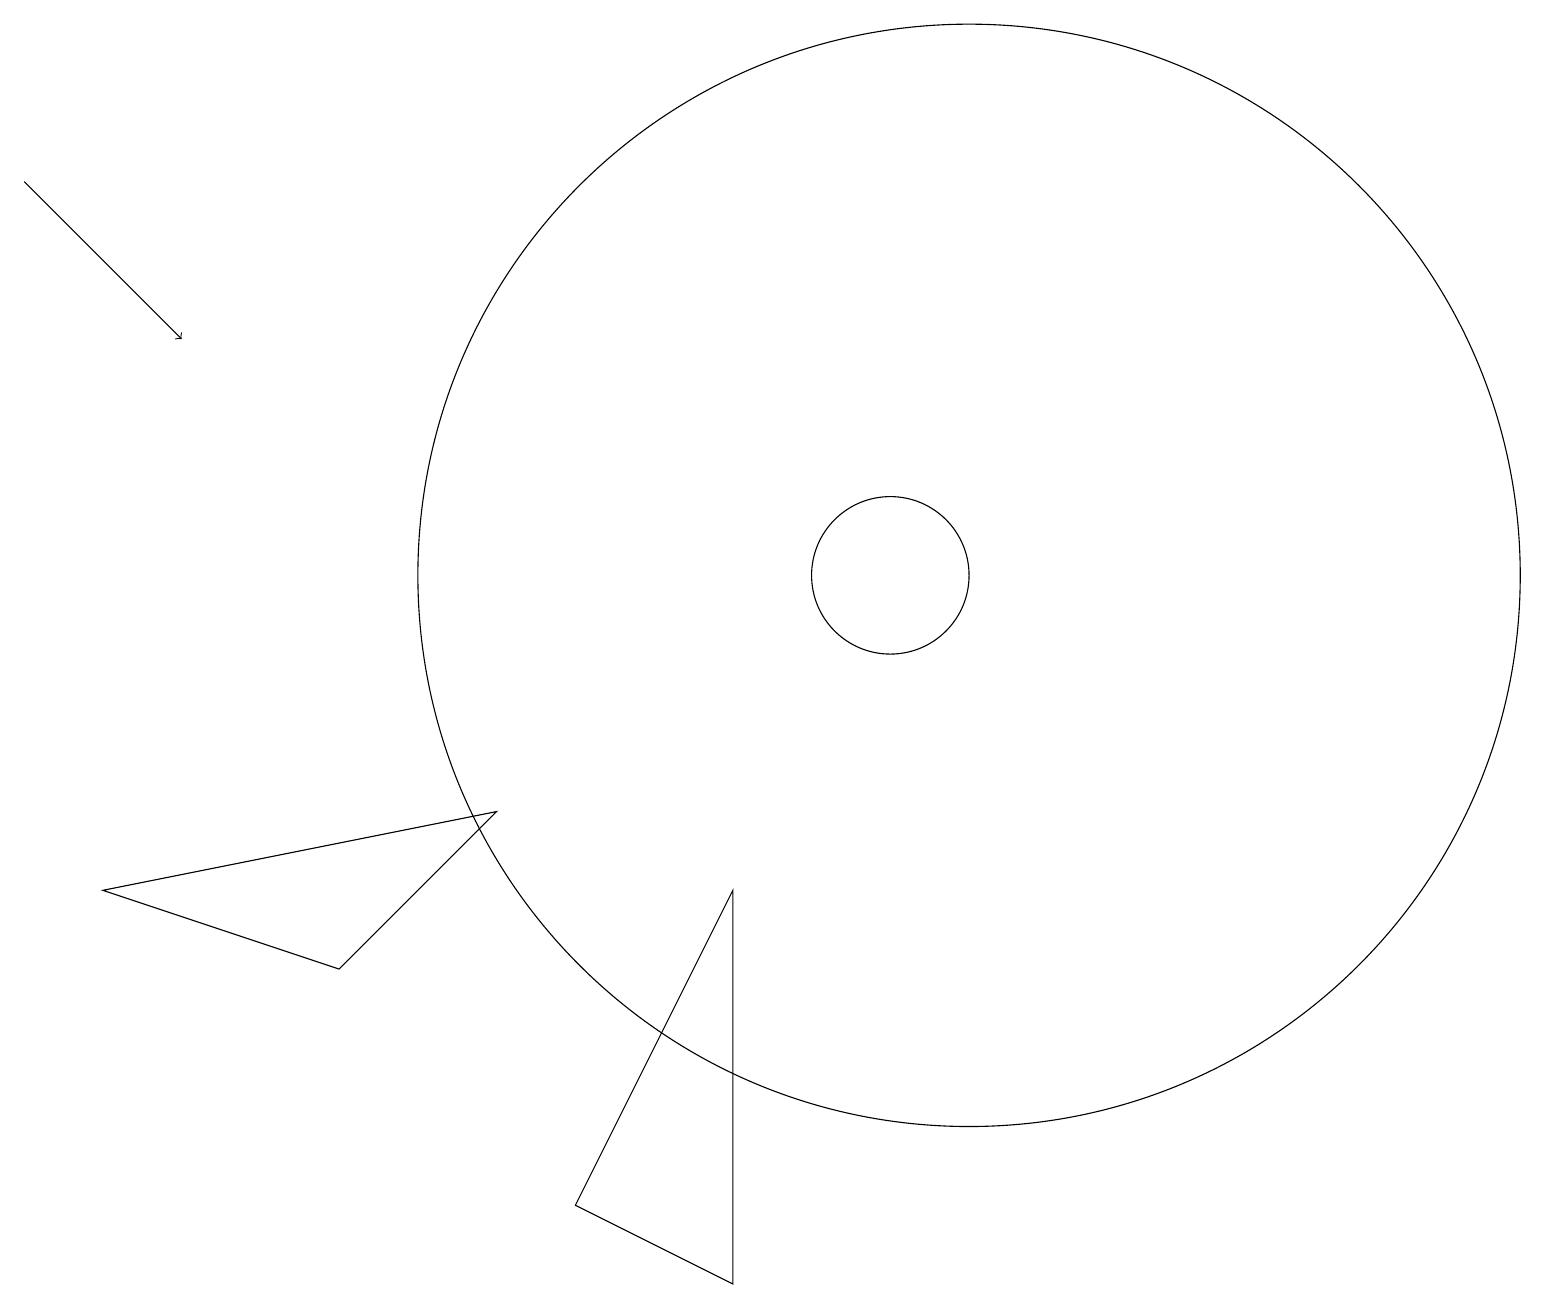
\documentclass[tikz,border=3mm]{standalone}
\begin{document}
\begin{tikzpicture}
\draw (11,10) circle (1);
\draw (12,10) circle (7);
\draw (9,6) -- (9,1) -- (7,2) -- cycle;
\draw[->] (0,15) -- (2,13);
\draw (1,6) -- (4,5) -- (6,7) -- cycle;
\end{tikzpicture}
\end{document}